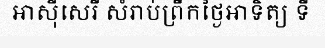
អាស៊ីសេរី សំរាប់ព្រឹកថ្ងៃអាទិត្យ ទី